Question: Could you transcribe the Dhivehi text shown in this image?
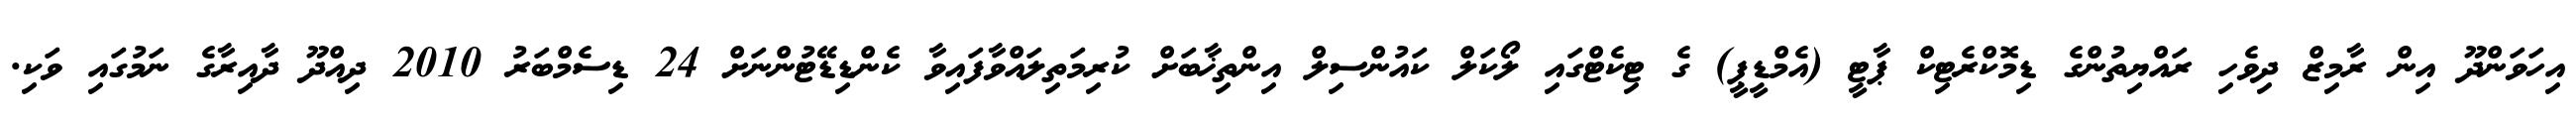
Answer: އިހަވަންދޫ އިން ރާމިޒް ދިވެހި ރައްޔިތުންގެ ޑިމޮކްރެޓިކް ޕާޓީ (އެމްޑީޕީ) ގެ ޓިކެޓްގައި ލޯކަލް ކައުންސިލް އިންތިޚާބަށް ކުރިމަތިލައްވާފައިވާ ކެންޑިޑޭޓުންނަށް 24 ޑިސެމްބަރު 2010 ދިއްދޫ ދާއިރާގެ ނަމުގައި ވަކި.